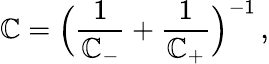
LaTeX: \mathbb{C}=\Bigl({\frac{{1}}{{\mathbb{C}_{-}}}+\frac{{1}}{{\mathbb{C}_{+}}}}\Bigr)^{-1}\, ,